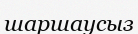
шаршаусыз